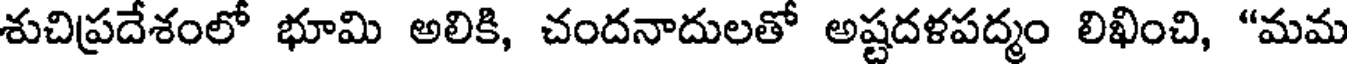
శుచిప్రదేశంలో భూమి అలికి, చందనాదులతో అష్టదళపద్మం లిఖించి, "మమ